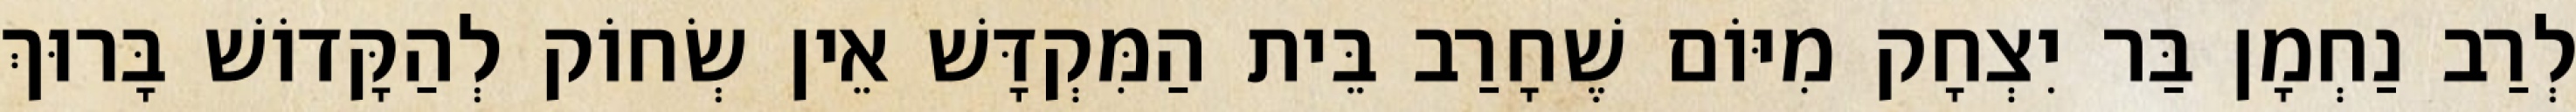
לְרַב נַחְמָן בַּר יִצְחָק מִיּוֹם שֶׁחָרַב בֵּית הַמִּקְדָּשׁ אֵין שְׂחוֹק לְהַקָּדוֹשׁ בָּרוּךְ